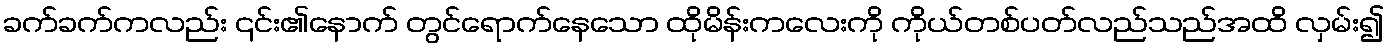
ခက်ခက်ကလည်း ၎င်း၏နောက် တွင်ရောက်နေသော ထိုမိန်းကလေးကို ကိုယ်တစ်ပတ်လည်သည်အထိ လှမ်း၍